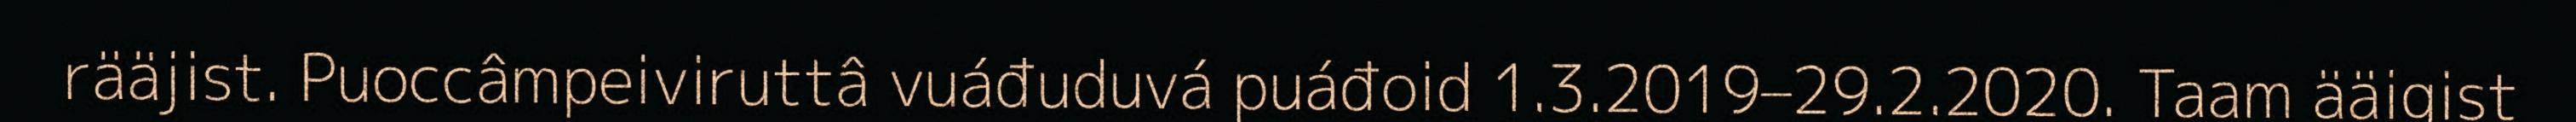
rääjist. Puoccâmpeiviruttâ vuáđuduvá puáđoid 1.3.2019–29.2.2020. Taam ääigist